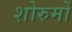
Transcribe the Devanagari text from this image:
शोरुमों